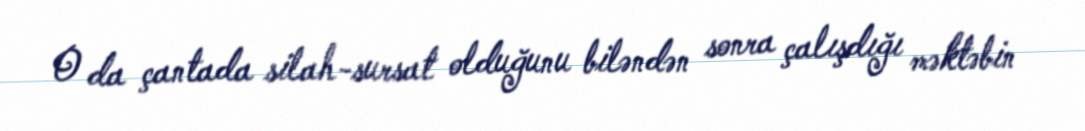
O da çantada silah-sursat olduğunu biləndən sonra çalışdığı məktəbin